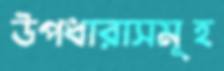
উপধারাসমূহ